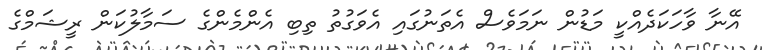
އޭނާ ވާހަކަދެއްކީ މަޑުން ނަމަވެސް އެތަނުގައި އެވަގުތު ތިބި އެންމެންގެ ސަމާލުކަން ރީޝަމްގެ